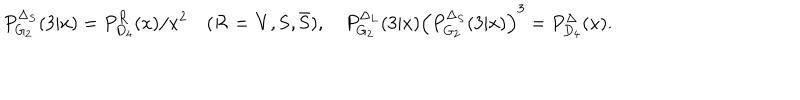
LaTeX: P _ { G _ { 2 } } ^ { \Delta _ { S } } ( 3 | x ) = P _ { D _ { 4 } } ^ { { \cal R } } ( x ) / x ^ { 2 } \quad ( { \cal R } = { \bf V } , { \bf S } , { \bf \bar { S } } ) , \quad P _ { G _ { 2 } } ^ { \Delta _ { L } } ( 3 | x ) \left( P _ { G _ { 2 } } ^ { \Delta _ { S } } ( 3 | x ) \right) ^ { 3 } = P _ { D _ { 4 } } ^ { \Delta } ( x ) .